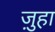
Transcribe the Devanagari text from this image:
ज़ुहा